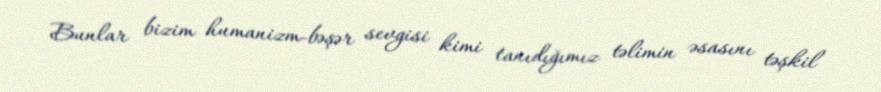
Bunlar bizim humanizm-bəşər sevgisi kimi tanıdığımız təlimin əsasını təşkil